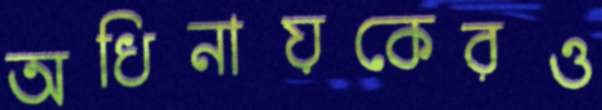
অধিনায়কেরও